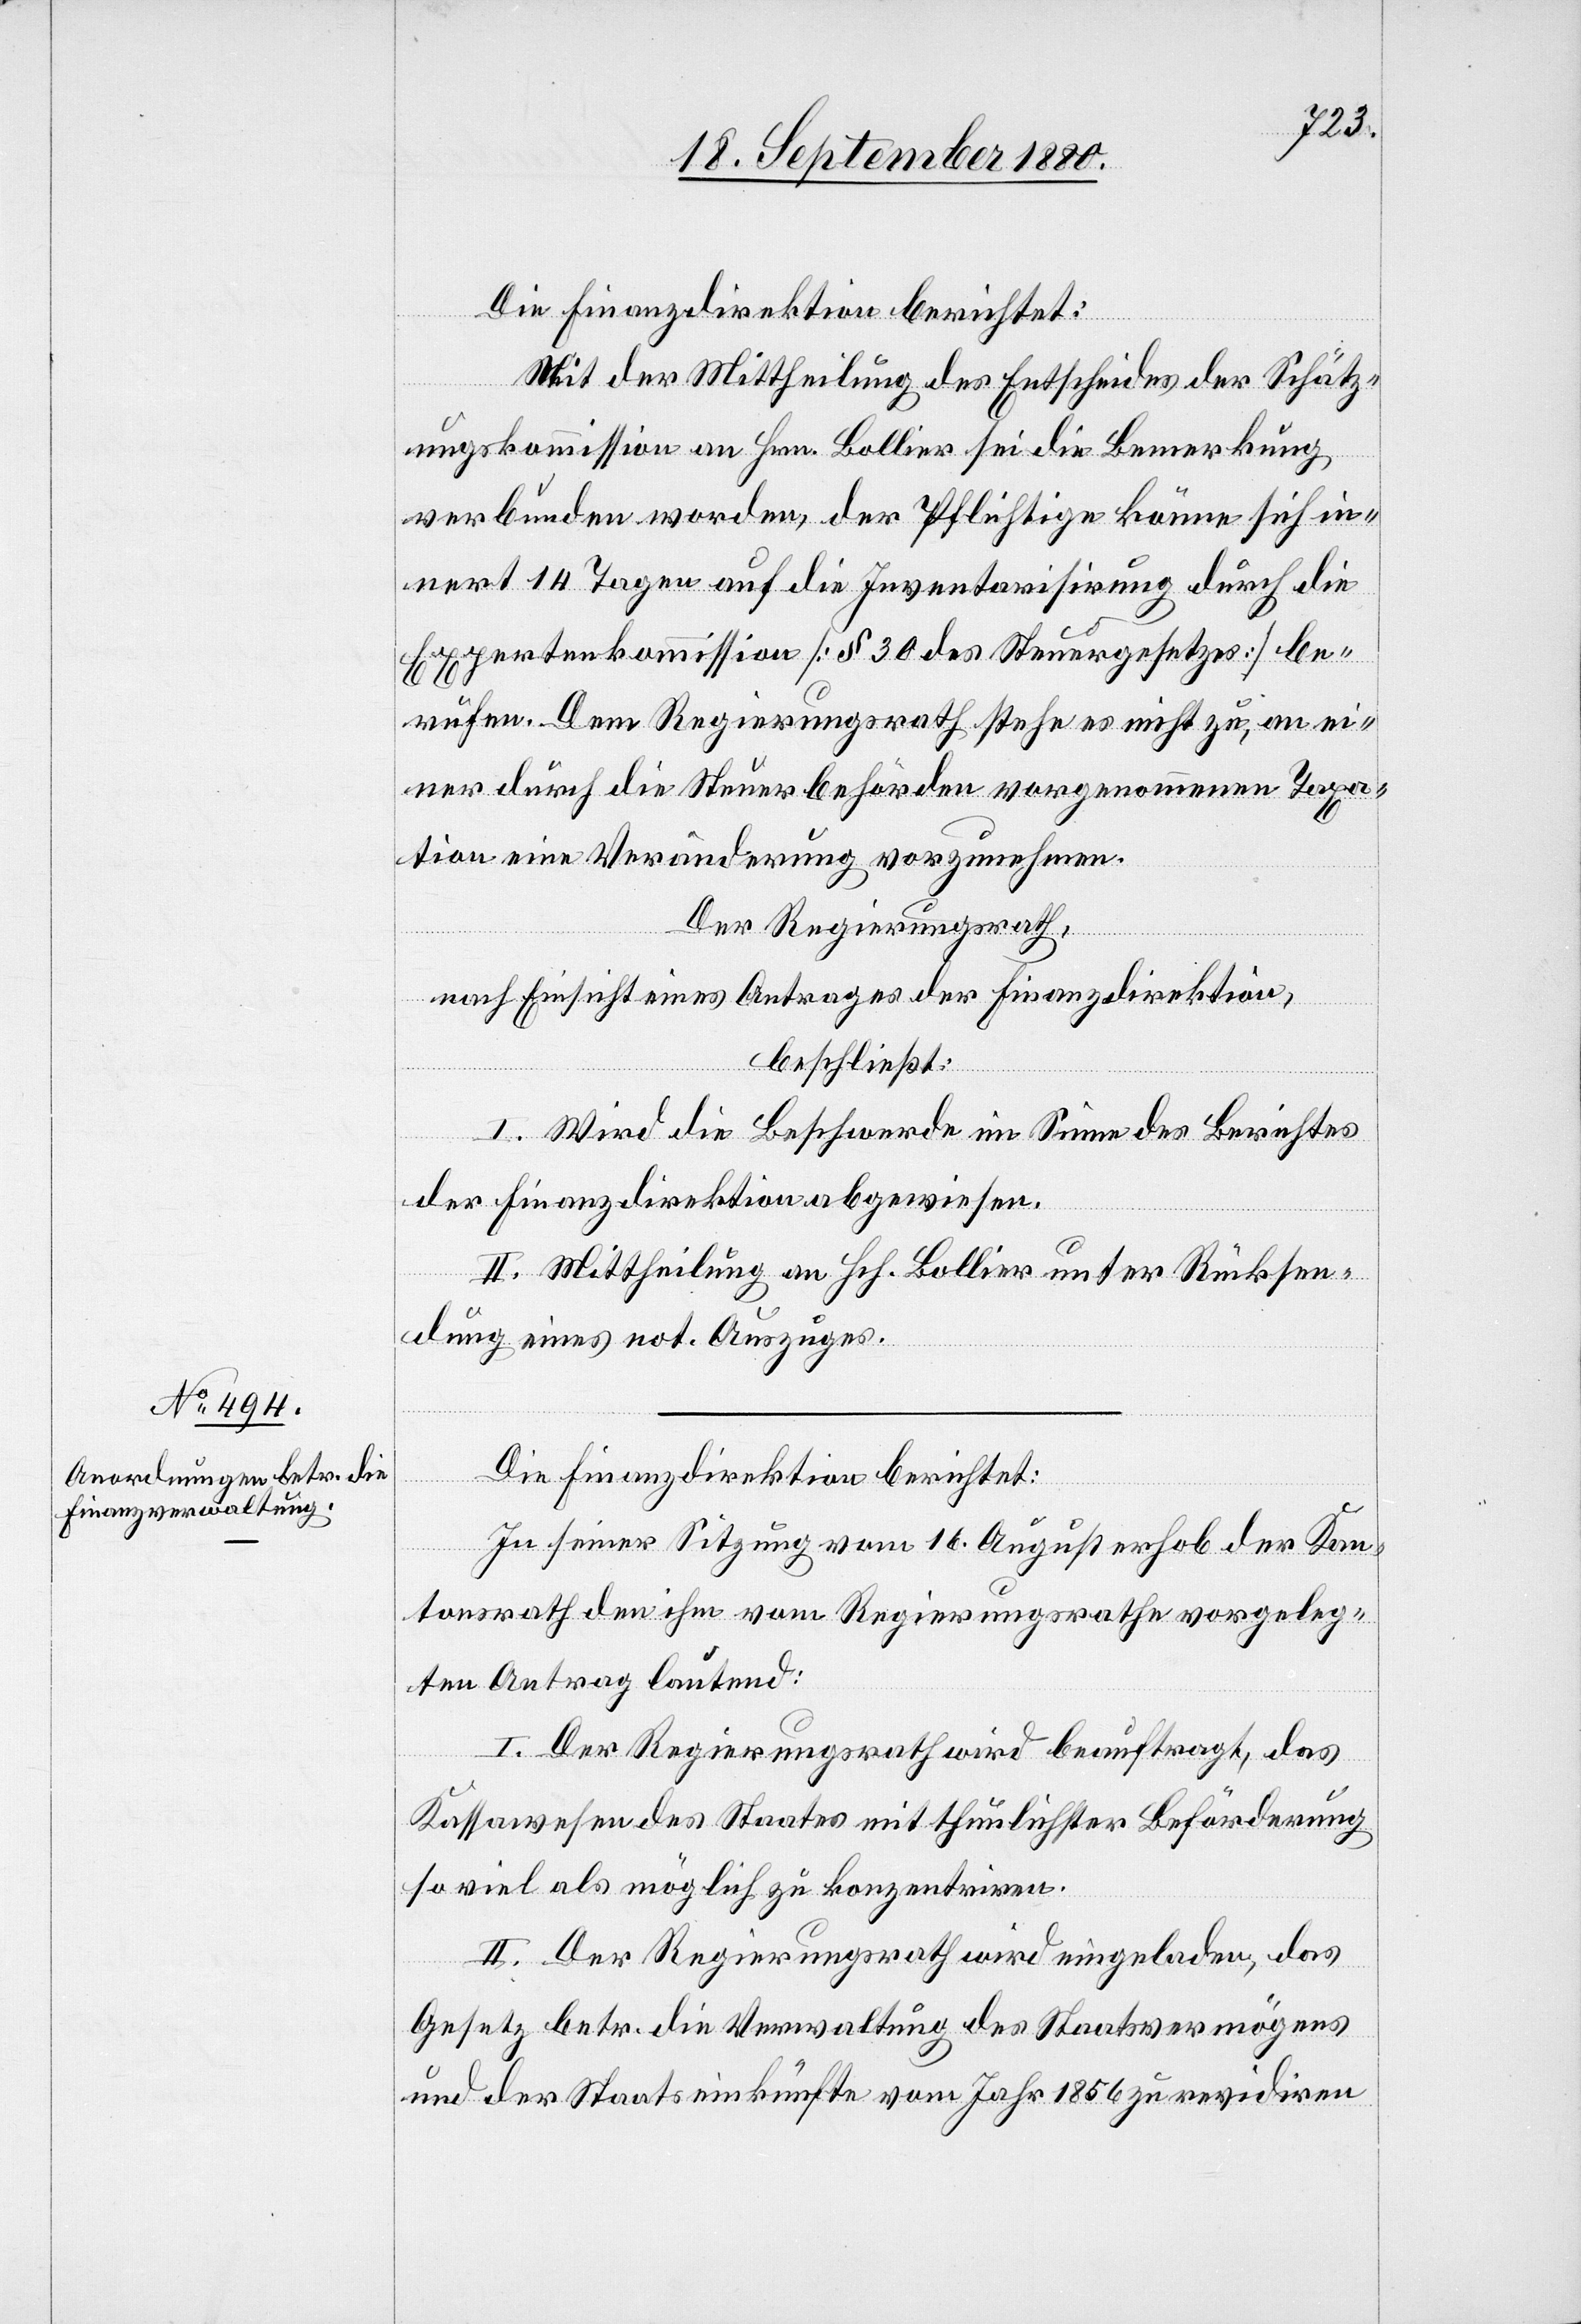
Die Finanzdirektion berichtet:
Mit der Mittheilung des Entscheides der Schätz¬
ungskommission an Hrn. Bollier sei die Bemerkung
verbunden worden, der Pflichtige könne sich in¬
nert 14 Tagen auf die Inventarisirung durch die
Expertenkommission [§ 30 des Steuergesetzes] be¬
rufen. Dem Regierungsrath stehe es nicht zu, an ei¬
ner durch die Steuerbehörden vorgenommenen Taxa¬
tion eine Veränderung vorzunehmen.
Der Regierungsrath,
nach Einsicht eines Antrages der Finanzdirektion,
beschließt:
I. Wird die Beschwerde im Sinne des Berichtes
der Finanzdirektion abgewiesen.
II. Mittheilung an Hch. Bollier unter Rücksen¬
dung eines not. Auszuges.
Die Finanzdirektion berichtet:
In seiner Sitzung vom 16. August erhob der Kan¬
tonsrath den ihm vom Regierungsrathe vorgeleg¬
ten Antrag lautend:
I. Der Regierungsrath wird beauftragt, das
Kassawesen des Staates mit thunlichster Beförderung
so viel als möglich zu konzentriren.
II. Der Regierungsrath wird eingeladen, das
Gesetz betr. die Verwaltung des Staatvermögens
und der Staatseinkünfte vom Jahr 1856 zu revidiren